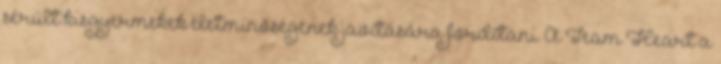
sérült kisgyermekek életminőségének javítására fordítani. A Team Heart a